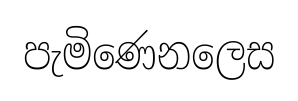
පැමිණෙනලෙස